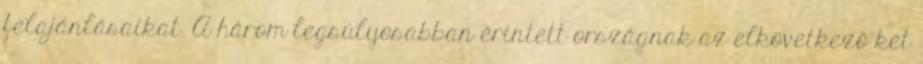
felajánlásaikat. A három legsúlyosabban érintett országnak az elkövetkező két